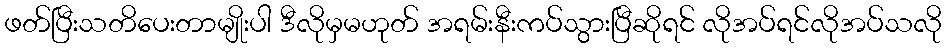
ဖတ်ပြီးသတိပေးတာမျိုးပါ ဒီလိုမှမဟုတ် အရမ်းနီးကပ်သွားပြီဆိုရင် လိုအပ်ရင်လိုအပ်သလို